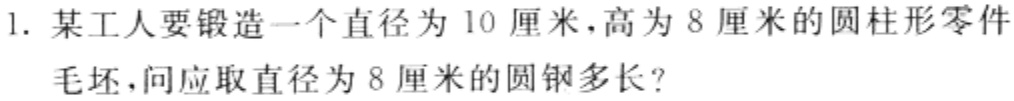
1. 某工人要锻造一个直径为10厘米，高为8厘米的圆柱形零件
毛坯，问应取直径为8厘米的圆钢多长？